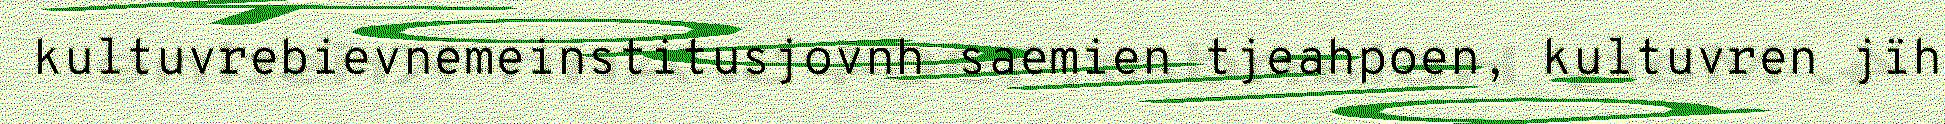
kultuvrebievnemeinstitusjovnh saemien tjeahpoen, kultuvren jïh